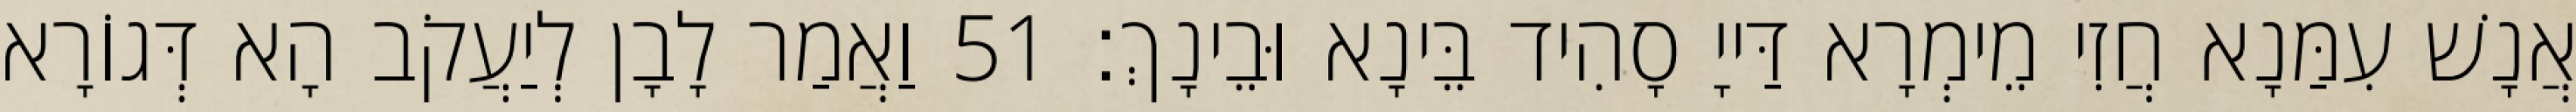
אֲנָשׁ עִמַּנָא חֲזִי מֵימְרָא דַּייָ סָהִיד בֵּינָא וּבֵינָךְ׃ 51 וַאֲמַר לָבָן לְיַעֲקֹב הָא דְּגוֹרָא